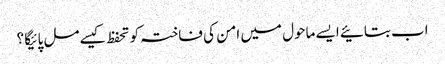
اب بتائیے ایسے ماحول میں امن کی فاختہ کو تحفظ کیسے مل پائیگا ؟